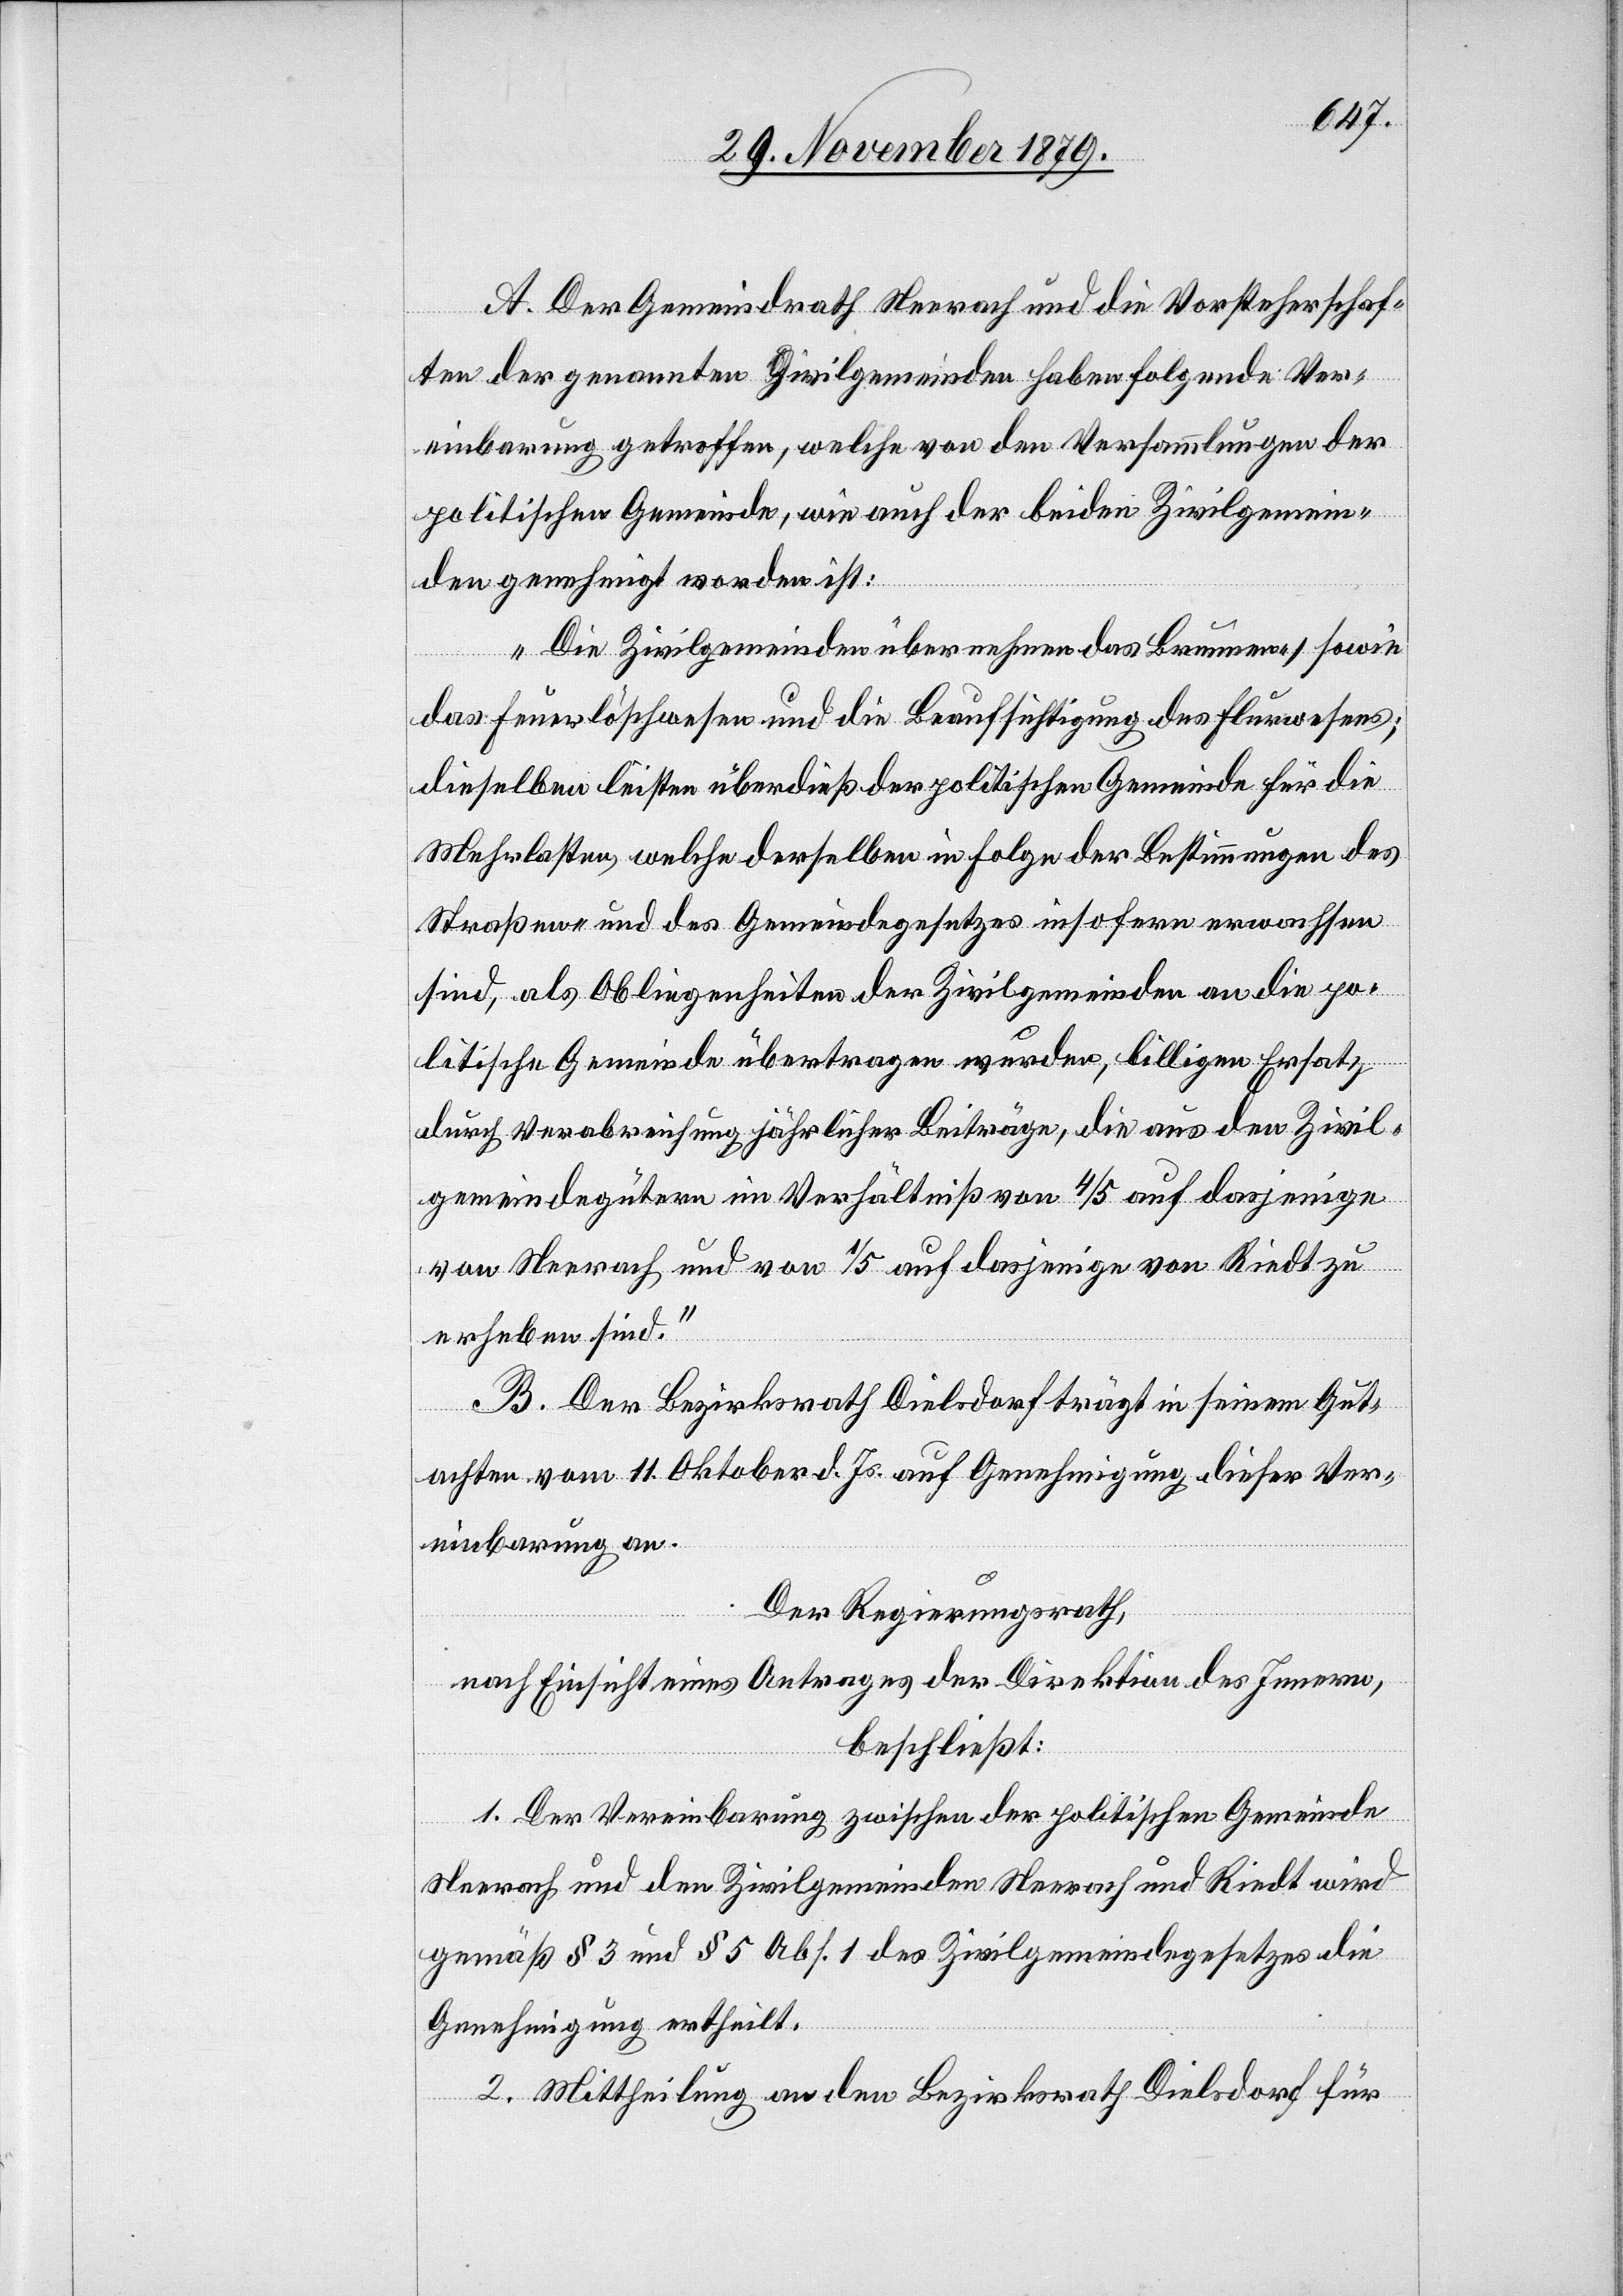
A. Der Gemeindrath Neerach und die Vorsteherschaf¬
ten der genannten Zivilgemeinden haben folgende Ver¬
einbarung getroffen, welche von den Versammlungen der
politischen Gemeinde, wie auch der beiden Zivilgemein¬
den genehmigt worden ist:
„Die Zivilgemeinden übernehmen das Brunnen-, sowie
das Feuerlöschwesen und die Beaufsichtigung des Flurwesens;
dieselben leisten überdieß der politischen Gemeinde für die
Mehrlasten, welche derselben in Folge der Bestimmungen des
Straßen- und des Gemeindegesetzes insofern erwachsen
sind, als Obliegenheiten der Zivilgemeinden an die po¬
litische Gemeinde übertragen wurden, billigen Ersatz
durch Verabreichung jährlicher Beiträge, die aus den Zivil¬
gemeindegütern im Verhältniß von 4/5 auf dasjenige
erheben sind.“
B. Der Bezirksrath Dielsdorf trägt in seinem Gut¬
von
achten vom 11. Oktober d. Js. auf Genehmigung dieser Ver¬
einbarung an.
Der Regierungsrath,
nach Einsicht eines Antrages der Direktion des Innern,
beschließt:
1. Der Vereinbarung zwischen der politischen Gemeinde
Neerach und den Zivilgemeinden Neerach und Riedt wird
gemäß § 3 und § 5 Abs 1 des Zivilgemeindegesetzes die
Genehmigung ertheilt.
2. Mittheilung an den Bezirksrath Dielsdorf für